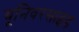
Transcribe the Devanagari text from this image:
यूनिवरसाइड